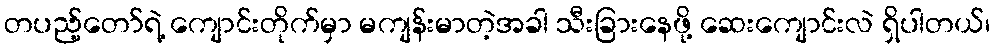
တပည့်တော်ရဲ့ ကျောင်းတိုက်မှာ မကျန်းမာတဲ့အခါ သီးခြားနေဖို့ ဆေးကျောင်းလဲ ရှိပါတယ်၊